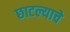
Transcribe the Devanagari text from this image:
छाटल्याचे